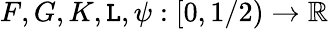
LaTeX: F,G,K,\mathtt{L},\psi:[0,1/2)\to\mathbb{{R}}